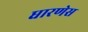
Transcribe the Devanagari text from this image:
धारणेस